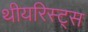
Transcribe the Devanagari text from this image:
थीयरिस्ट्स